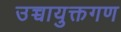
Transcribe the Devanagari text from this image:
उच्चायुक्तगण